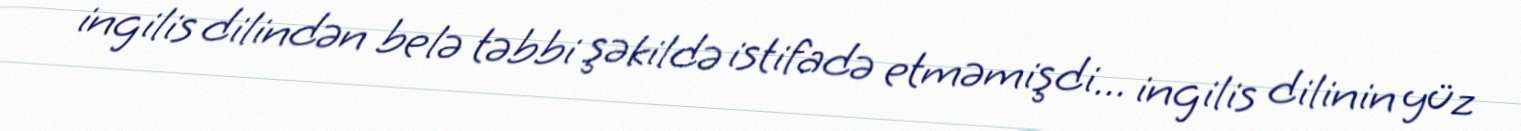
ingilis dilindən belə təbbi şəkildə istifadə etməmişdi... ingilis dilinin yüz